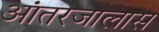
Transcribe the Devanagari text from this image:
आंतरजालास